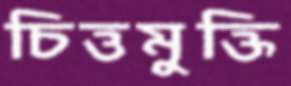
চিত্তমুক্তি